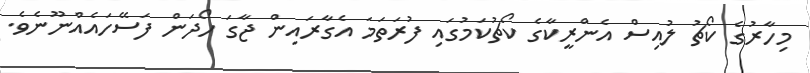
މިހާރުގެ ކޯޗު ލުއިސް އެންރީކާގެ ކޯޗުކަމުގައި ފުރަތަމަ އެގާރައިން ޖާގަ ހޯދަން ފަސޭހައެއްނޫނެވެ.